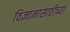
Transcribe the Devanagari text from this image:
विज्ञानासाठीच्या